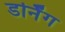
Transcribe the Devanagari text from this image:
डर्निंग